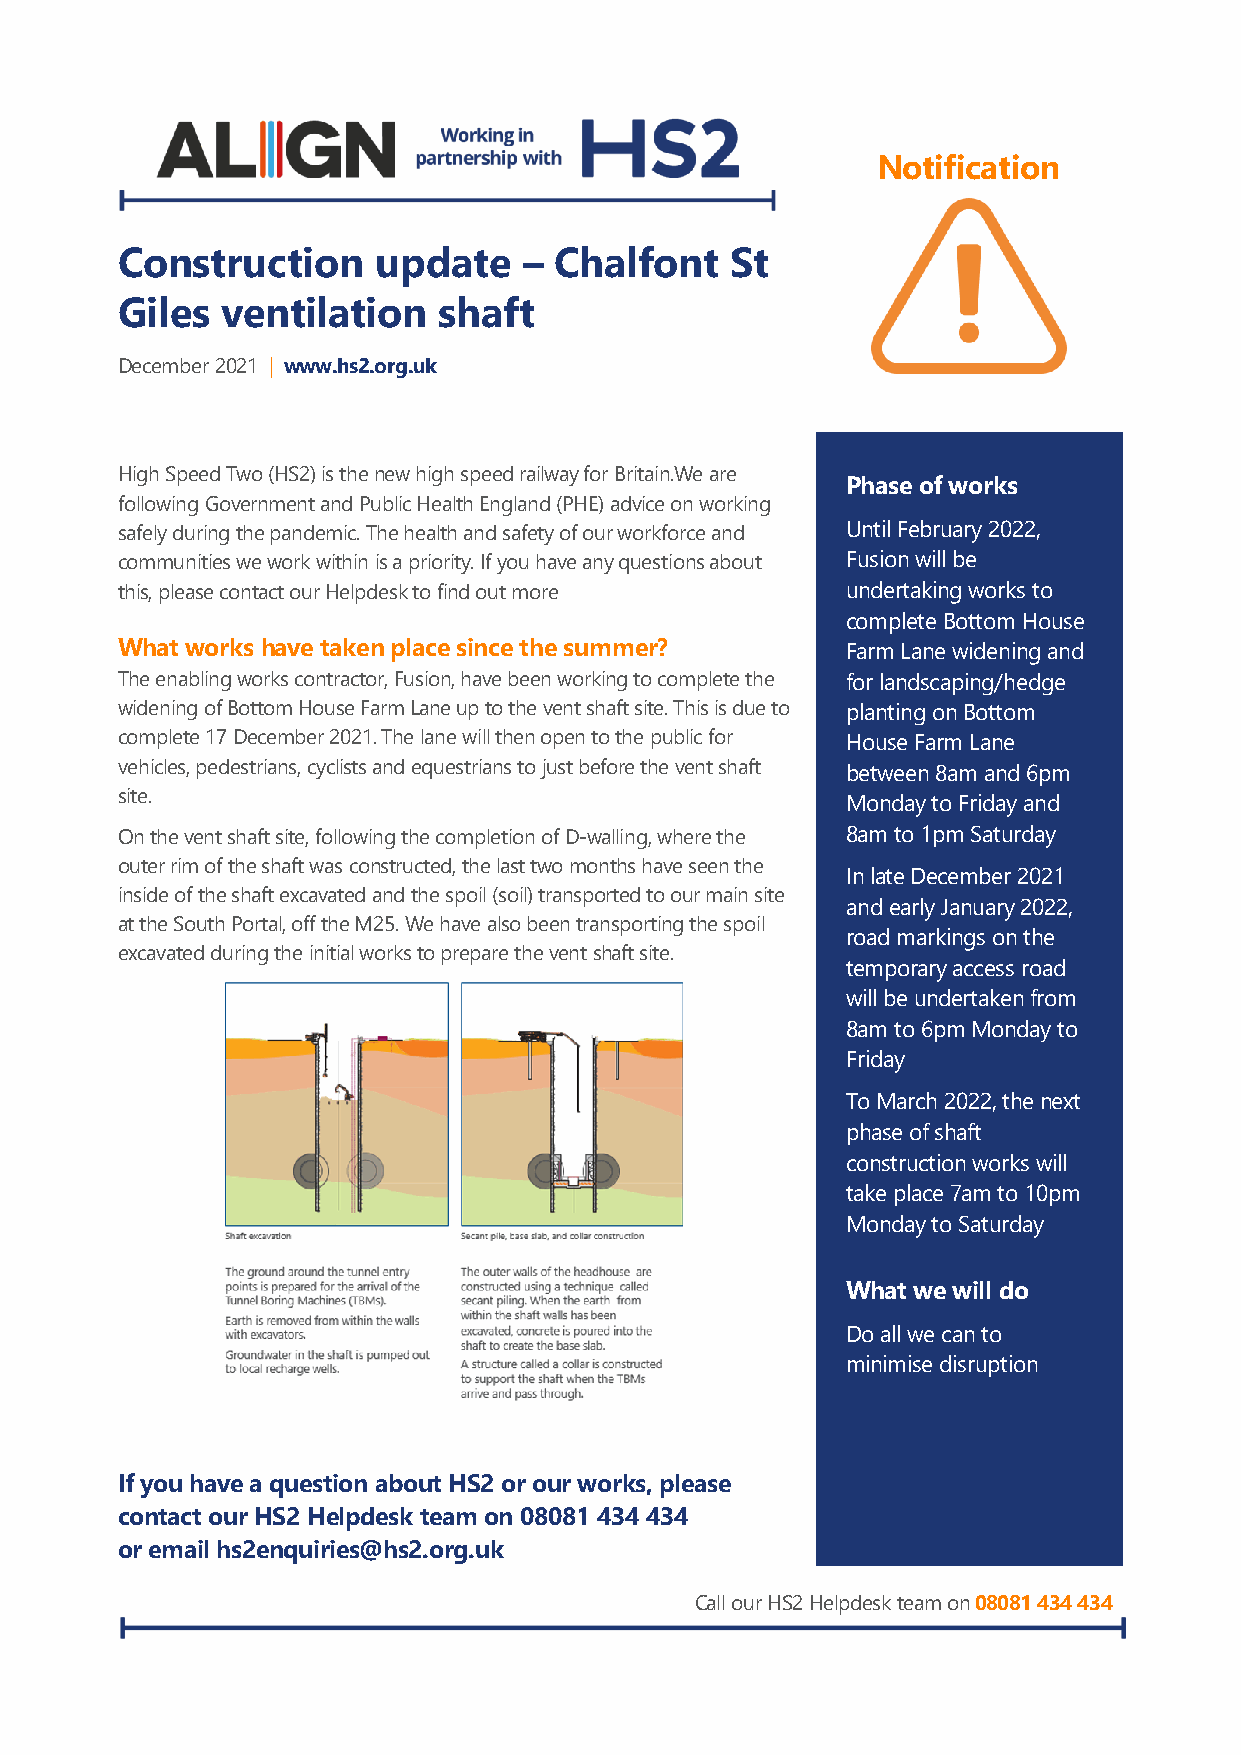
Notification
 Construction     update    – Chalfont   St
 Giles  ventilation   shaft
 December 2021 | www.hs2.org.uk
 High Speed Two (HS2) is the new high speed railway for Britain.We are
 Phase of works
 following Government and Public Health England (PHE) advice on working
 safely during the pandemic. The health and safety of our workforce and Until February 2022,
 communities we work within is a priority. If you have any questions about Fusion will be
 this, please contact our Helpdesk to find out more undertaking works to
 complete Bottom House
 What works have taken place since the summer?   Farm Lane widening and
 The enabling works contractor, Fusion, have been working to complete the for landscaping/hedge
 widening of Bottom House Farm Lane up to the vent shaft site. This is due to planting on Bottom
 complete 17 December 2021. The lane will then open to the public for House Farm Lane
 vehicles, pedestrians, cyclists and equestrians to just before the vent shaft between 8am and 6pm
 site.
 Monday to Friday and
 On the vent shaft site, following the completion of D-walling, where the 8am to 1pm Saturday
 outer rim of the shaft was constructed, the last two months have seen the
 In late December 2021
 inside of the shaft excavated and the spoil (soil) transported to our main site
 and early January 2022,
 at the South Portal, off the M25. We have also been transporting the spoil
 road markings on the
 excavated during the initial works to prepare the vent shaft site.
 temporary access road
 will be undertaken from
 8am to 6pm Monday to
 Friday
 To March 2022, the next
 phase of shaft
 construction works will
 take place 7am to 10pm
 Monday to Saturday
 What we will do
 Do all we can to
 minimise disruption
 If you have a question about HS2 or our works, please
 contact our HS2 Helpdesk team on 08081 434 434
 or email hs2enquiries@hs2.org.uk
 Call our HS2 Helpdesk team on 08081 434 434